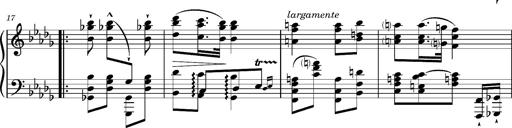
Title: Magyar Tempo
Composer: Franz Liszt
Key: D-flat major